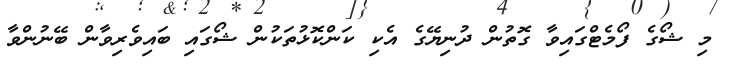
މި ޝޯގެ ފޯމެޓްގައިވާ ގޮތުން ދުނިޔޭގެ އެކި ކަންކޮޅުތަކުން ޝޯގައި ބައިވެރިވާން ބޭނުންވާ